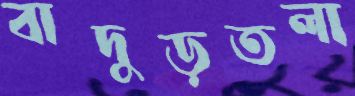
বাদুড়তলা